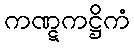
ကဏ္ဋကဋ္ဌိကံ